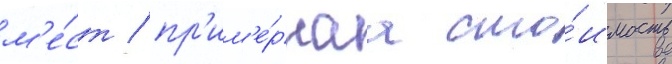
м'е́ст / пр'им'е́рнаа сто́имость